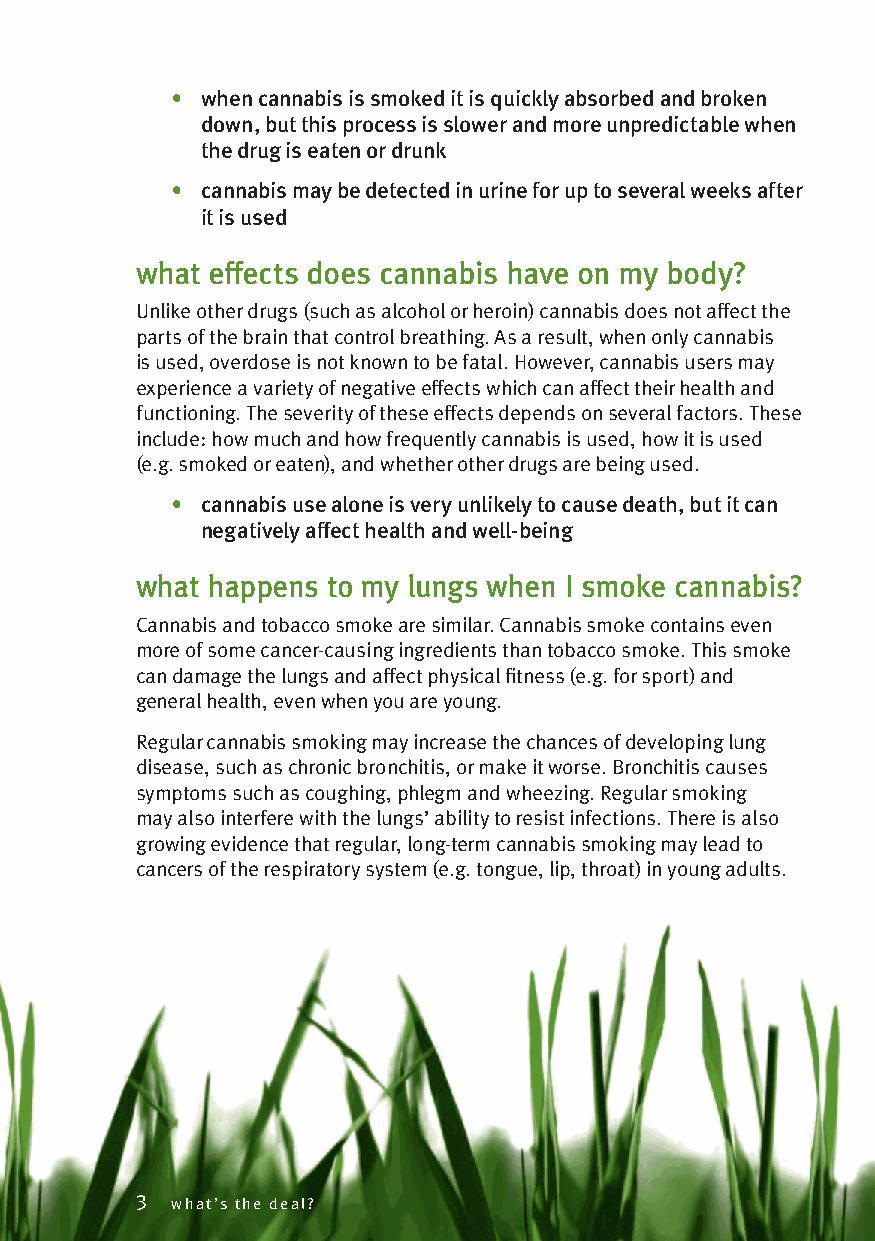
• when cannabis is smoked it is quickly absorbed and broken
 down, but this process is slower and more unpredictable when
 the drug is eaten or drunk
 • cannabis may be detected in urine for up to several weeks after
 it is used
 what effects does cannabis have on my body?
 Unlike other drugs (such as alcohol or heroin) cannabis does not affect the
 parts of the brain that control breathing. As a result, when only cannabis
 is used, overdose is not known to be fatal. However, cannabis users may
 experience a variety of negative effects which can affect their health and
 functioning. The severity of these effects depends on several factors. These
 include: how much and how frequently cannabis is used, how it is used
 (e.g. smoked or eaten), and whether other drugs are being used.
 • cannabis use alone is very unlikely to cause death, but it can
 negatively affect health and well-being
 what happens to my lungs when I smoke cannabis?
 Cannabis and tobacco smoke are similar. Cannabis smoke contains even
 more of some cancer-causing ingredients than tobacco smoke. This smoke
 can damage the lungs and affect physical fitness (e.g. for sport) and
 general health, even when you are young.
 Regular cannabis smoking may increase the chances of developing lung
 disease, such as chronic bronchitis, or make it worse. Bronchitis causes
 symptoms such as coughing, phlegm and wheezing. Regular smoking
 may also interfere with the lungs’ ability to resist infections. There is also
 growing evidence that regular, long-term cannabis smoking may lead to
 cancers of the respiratory system (e.g. tongue, lip, throat) in young adults.
 3 what’s the deal?